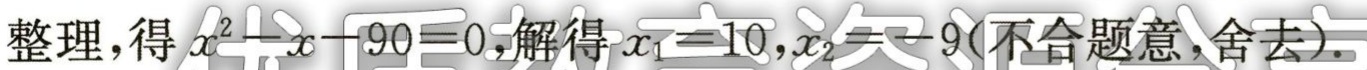
整理，得 \(x^{2}-x - 90 = 0\)，解得 \(x_{1}=10\)，\(x_{2}=-9\)(不合题意，舍去)。